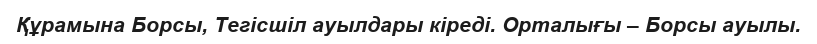
Құрамына Борсы, Тегісшіл ауылдары кіреді. Орталығы – Борсы ауылы.